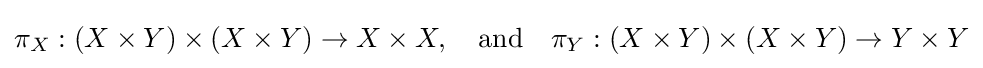
\pi _{X}:(X\times Y)\times (X\times Y)\to X\times X,\quad {\text{and}}\quad \pi _{Y}:(X\times Y)\times (X\times Y)\to Y\times Y